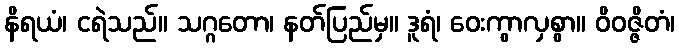
နိရယံ၊ ငရဲသည်။ သဂ္ဂတော၊ နတ်ပြည်မှ။ ဒူရံ၊ ဝေးကွာလှစွာ။ ဝိဝဇ္ဇိတံ၊